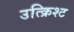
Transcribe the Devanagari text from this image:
उत्क्रिश्ट